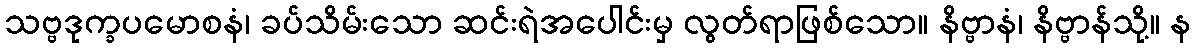
သဗ္ဗဒုက္ခပမောစနံ၊ ခပ်သိမ်းသော ဆင်းရဲအပေါင်းမှ လွတ်ရာဖြစ်သော။ နိဗ္ဗာနံ၊ နိဗ္ဗာန်သို့။ န